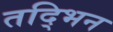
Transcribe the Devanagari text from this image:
तद्भिन